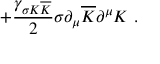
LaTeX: + \frac { \gamma _ { \sigma K \overline { { { K } } } } } { 2 } \sigma \partial _ { \mu } { \overline { { { K } } } } \partial ^ { \mu } { K } \ .